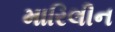
મારિલીન